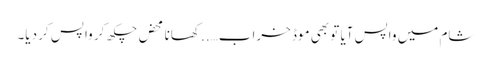
شام میں واپس آیا تو بھی موڈ خراب….. کھانا محض چکھ کر واپس کر دیا۔